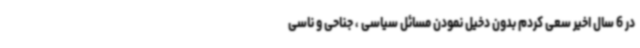
در 6 سال اخیر سعی کردم بدون دخیل نمودن مسائل سیاسی ، جناحی و ناسی